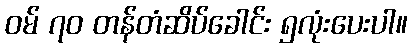
ဝမ် ၇၀ တန်တံဆိပ်ခေါင်း ၅လုံးပေးပါ။